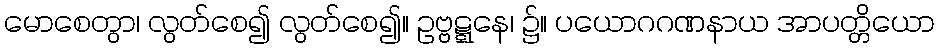
မောစေတွာ၊ လွတ်စေ၍ လွတ်စေ၍။ ဥဗ္ဗဋ္ဋနေ၊ ၌။ ပယောဂဂဏနာယ အာပတ္တိယော